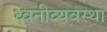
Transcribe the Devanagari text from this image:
ध्वनीव्यवस्था